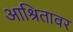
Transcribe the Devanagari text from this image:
आश्रितावर